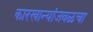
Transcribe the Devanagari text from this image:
कारखान्यांजवळचा